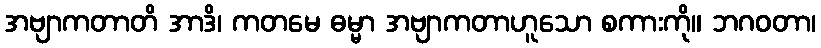
အဗျာကတာတိ အာဒိ၊ ကတမေ ဓမ္မာ အဗျာကတာဟူသော စကားကို။ ဘဂဝတာ၊